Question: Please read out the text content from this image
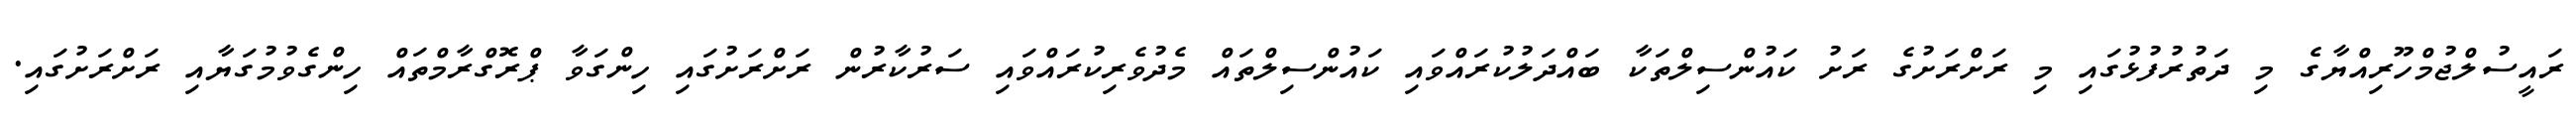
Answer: ރައީސުލްޖުމްހޫރިއްޔާގެ މި ދަތުރުފުޅުގައި މި ރަށްރަށުގެ ރަށު ކައުންސިލްތަކާ ބައްދަލުކުރައްވައި ކައުންސިލްތައް މެދުވެރިކުރައްވައި ސަރުކާރުން ރަށްރަށުގައި ހިންގަވާ ޕްރޮގްރާމްތައް ހިންގެވުމުގަޔާއި ރަށްރަށުގައި.